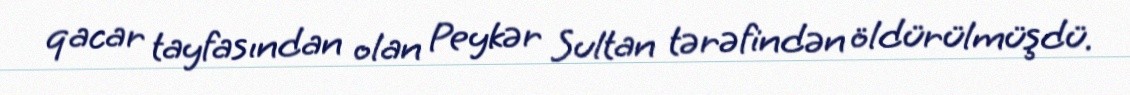
qacar tayfasından olan Peykər Sultan tərəfindən öldürülmüşdü.